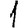
Digit: 1